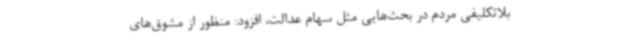
بلاتکلیفی مردم در بحث‌هایی مثل سهام عدالت، افزود: منظور از مشوق‌های